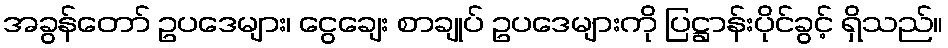
အခွန်တော် ဥပဒေများ၊ ငွေချေး စာချုပ် ဥပဒေများကို ပြဋ္ဌာန်းပိုင်ခွင့် ရှိသည်။